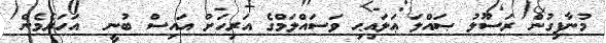
މުނާފިގުން ރަސޫލު ޞައްލަ ޢަލައިޙި ވަސައްލަމްގެ އަރިހަށް އައިސް ބުނީ  އަހަރެމެން